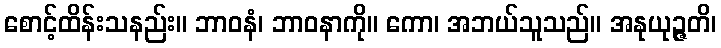
စောင့်ထိန်းသနည်း။ ဘာဝနံ၊ ဘာဝနာကို။ ကော၊ အဘယ်သူသည်။ အနုယုဉ္ဇတိ၊